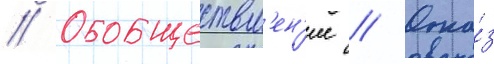
// Обобществл'ен'ие // Отка́з